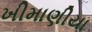
ખીમાણીયા